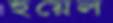
হুয়েল